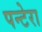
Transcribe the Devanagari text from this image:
पन्टेरा